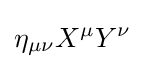
\eta _{\mu \nu }X^{\mu }Y^{\nu }